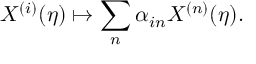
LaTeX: X ^ { ( i ) } ( \eta ) \mapsto \sum _ { n } \alpha _ { i n } X ^ { ( n ) } ( \eta ) .